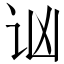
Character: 讻